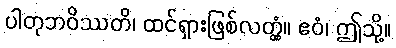
ပါတုဘဝိဿတိ၊ ထင်ရှားဖြစ်လတ္တံ့။ ဧဝံ၊ ဤသို့။